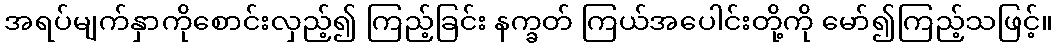
အရပ်မျက်နှာကိုစောင်းလှည့်၍ ကြည့်ခြင်း နက္ခတ် ကြယ်အပေါင်းတို့ကို မော်၍ကြည့်သဖြင့်။